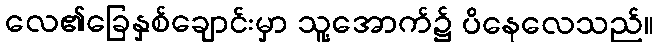
လေ၏ခြေနှစ်ချောင်းမှာ သူ့အောက်၌ ပိနေလေသည်။